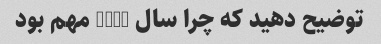
توضیح دهید که چرا سال 1945 مهم بود